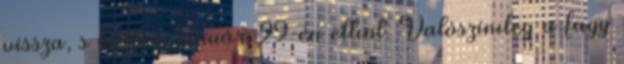
vissza, s közben január 29-én eltınt. Valószínıleg a fagy